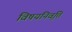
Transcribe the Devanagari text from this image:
विषयनिवृत्ति